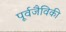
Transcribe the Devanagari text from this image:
पूर्वजैविकी